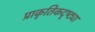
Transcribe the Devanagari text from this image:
प्राकृतिकदृष्ट्या